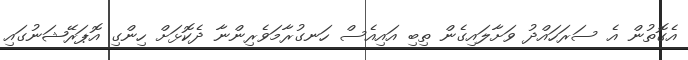
އެގޮތުން އެ ސަރަހައްދު ވަށާލައިގެން ތިބި އައިއެސް ހަނގުރާމަވެރިންނާ ދެކޮޅަށް ހިންގި އޮޕަރޭޝަނުގައި